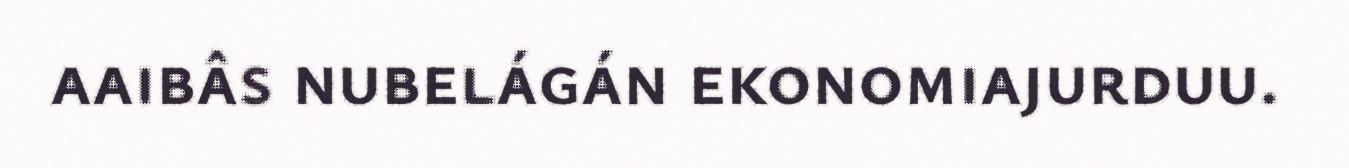
aaibâs nubelágán ekonomiajurduu.